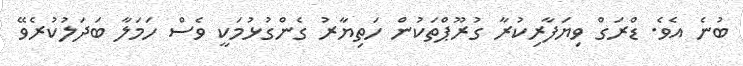
ބުނެ އެވެ. ޑްރަގް ވިޔަފާރިކުރާ ގުރޫޕްތަކުން ހަތިޔާރު ގެންގުޅުމަކީ ވެސް ހަމަލާ ބަދަލުކުރެވޭ